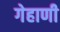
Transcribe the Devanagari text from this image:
गेहाणी